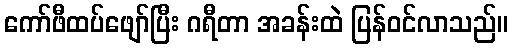
ကော်ဖီထပ်ဖျော်ပြီး ဂရီတာ အခန်းထဲ ပြန်ဝင်လာသည်။